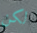
لكن